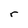
Character: r